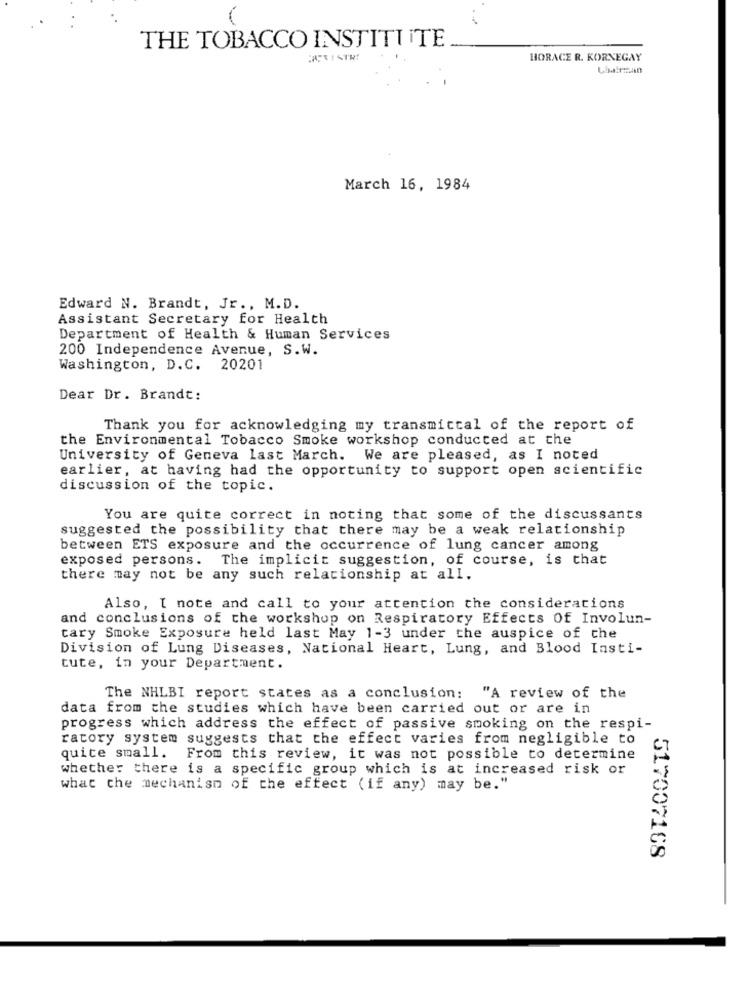
THE TOBACCO INSTITUTE
HORACE R. KORNEGAY
March 16, 1984
Edward N. Brandt, Jr ., M.D.
Assistant Secretary for Health
Department of Health & Human Services
200 Independence Avenue, S.W.
Washington, D.C. 20201
Dear Dr. Brandt:
Thank you for acknowledging my transmittal of the report of
the Environmental Tobacco Smoke workshop conducted at the
University of Geneva last March. We are pleased, as I noted
earlier, at having had the opportunity to support open scientific
discussion of the topic.
You are quite correct in noting that some of the discussants
suggested the possibility that there may be a weak relationship
between ETS exposure and the occurrence of lung cancer among
exposed persons. The implicit suggestion, of course, is that
there may not be any such relationship at all.
Also, [ note and call to your attention the considerations
and conclusions of the workshop on Respiratory Effects Of Involun-
cary Smoke Exposure held last May 1-3 under the auspice of the
Division of Lung Diseases, National Heart, Lung, and Blood Insti-
tute, in your Department.
The NHLBI report states as a conclusion: "A review of the
data from the studies which have been carried out or are in
progress which address the effect of passive smoking on the respi-
ratory system suggests that the effect varies from negligible to
quite small. From this review, it was not possible to determine
whether there is a specific group which is at increased risk or
what the mechanism of the effect (if any) may be."
517007108